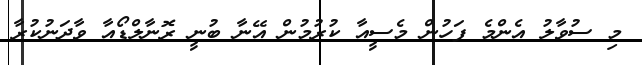
މި ސުވާލު އެންމެ ފަހުން މެސީއާ ކުރުމުން އޭނާ ބުނީ ރޮނާލްޑޯއާ ވާދަނުކުރާ